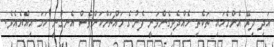
އަދި ދިރޭ އެންމެހައި ތަކެތި ހެއްދެވިގެންވަނީ ފެނުގެ މައްޗަށްކަންވެސް އެނގުނީ ހަމަ އިއްޔެއެވެ.